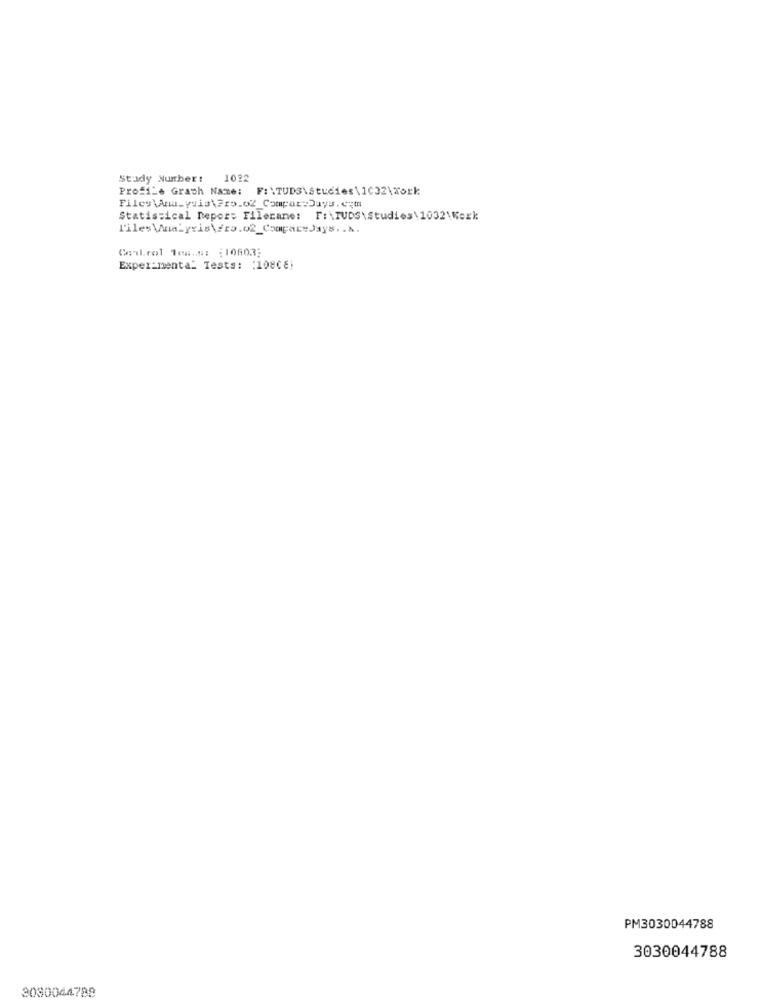
Study Number:
1022
Profile Grach Name: F:\TUDS\Studies\1032\Work
Statistical Depor: Filename: F:\TUDS\Studies\1032\Kerk
Control Tem .. #: : 10803;
Experimental Tests: : 10808;
PM3030044788
3030044788
3080044788